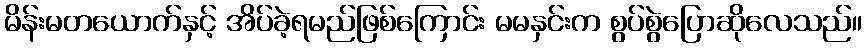
မိန်းမတယောက်နှင့် အိပ်ခဲ့ရမည်ဖြစ်ကြောင်း မမနှင်းက စွပ်စွဲပြောဆိုလေသည်။